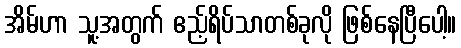
အိမ်ဟာ သူ့အတွက် ဧည့်ရိပ်သာတစ်ခုလို ဖြစ်နေပြီပေါ့။